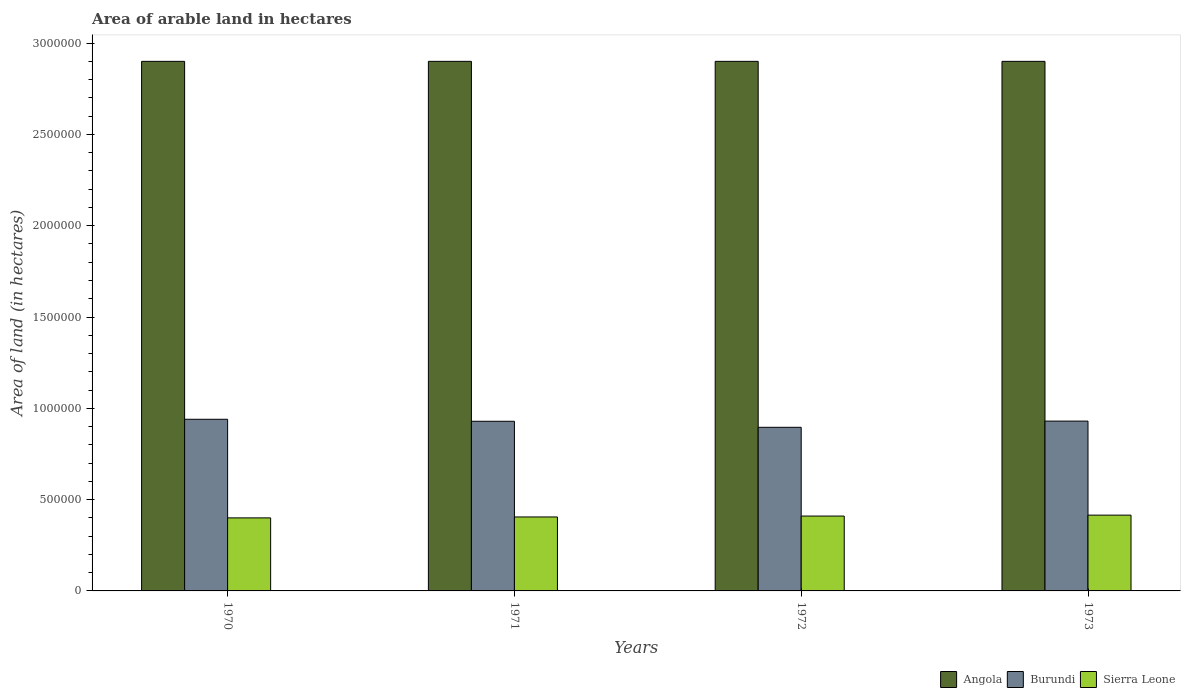
| Years | Angola | Burundi | Sierra Leone |
 | --- | --- | --- | --- |
 | 1970 | 2.9e+06 | 9.4e+05 | 4e+05 |
 | 1971 | 2.9e+06 | 9.29e+05 | 4.05e+05 |
 | 1972 | 2.9e+06 | 8.96e+05 | 4.1e+05 |
 | 1973 | 2.9e+06 | 9.3e+05 | 4.15e+05 |